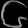
Digit: ၆